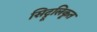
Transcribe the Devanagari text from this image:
सिट्रूलिकृत